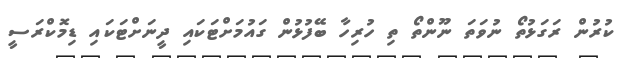
ކުރުން ރަގަޅުތޯ ނުވަތަ ނޫންތޯ ތި ހުރިހާ ބޭފުޅުން ގައުމަށްޓަކައި ދީނަށްޓަކައި ޑިމޮކްރަސީ